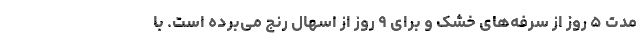
مدت ۵ روز از سرفه‌های خشک و برای ۹ روز از اسهال رنج می‌برده است. با